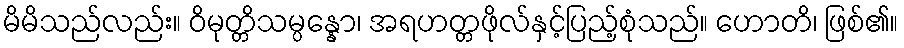
မိမိသည်လည်း။ ဝိမုတ္တိသမ္ပန္နော၊ အရဟတ္တဖိုလ်နှင့်ပြည့်စုံသည်။ ဟောတိ၊ ဖြစ်၏။